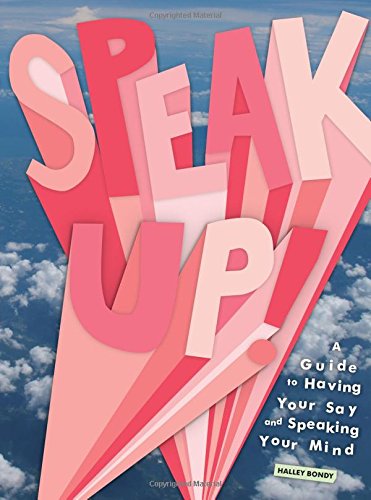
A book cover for Speak Up!: A Guide to Having Your Say and Speaking Your Mind; Halley Bondy; Teen & Young Adult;